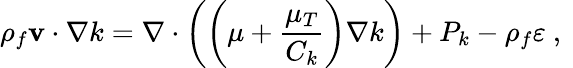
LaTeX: \rho_{f}{{{\mathbf{v}}}\cdot\nabla}k=\nabla\cdot\left(\left(\mu+\frac{\mu_{T}}{C_{k}}\right)\nabla k\right)+P_{k}-\rho_{f}\varepsilon\mathrm{~,~}